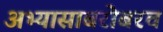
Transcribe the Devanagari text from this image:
अभ्यासाबरोबरच